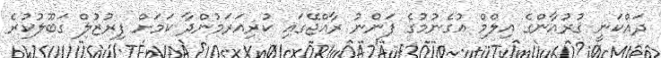
ދައްކަނީ ޤުރުއާންގެ އިލްމް އުގެނުމުގެ ފަންނު ރާއްޖޭގައި ކުރިއަރަމުންދާ ކަމަށް ފިރުޒުލް ގަބޫލުކުރެ